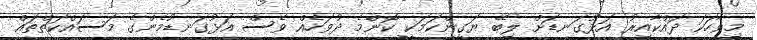
މިވާހަކަ ދައްކާއިރު އަޅުގަނޑަށް ލިބޭ ޔަގީންކަމަކީ ކޮންމެ ދުވަހެއް ވެސް އަޅުގަނޑުމެންގެ މަސައްކަތްތައް